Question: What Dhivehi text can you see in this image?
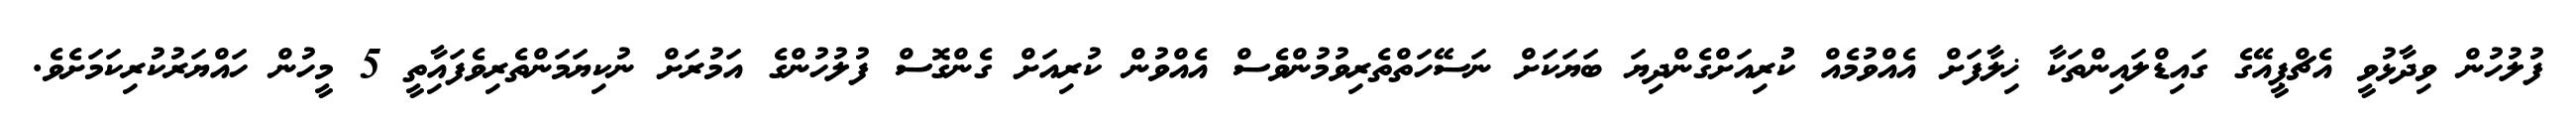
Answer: ފުލުހުން ވިދާޅުވީ އެޗްޕީއޭގެ ގައިޑްލައިންތަކާ ޚިލާފަށް އެއްވުމެއް ކުުރިއަށްގެންދިޔަ ބަޔަކަށް ނަސޭހަތްތެރިވުމުންވެސް އެއްވުން ކުރިއަށް ގެންގޮސް ފުލުހުންގެ އަމުރަށް ނުކިޔަމަންތެރިވެފައިާތީ 5 މީހުން ހައްޔަރުކުރިކަމަށެވެ.